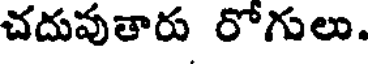
చదువుతారు రోగులు.